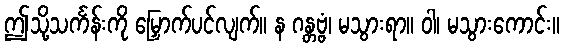
ဤသို့သင်္ကန်းကို မြှောက်ပင်လျက်။ န ဂန္တဗ္ဗံ၊ မသွားရာ။ ဝါ၊ မသွားကောင်း။